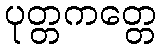
ပုတ္တကတ္တေ